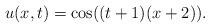
LaTeX: \begin{align*}u(x, t) =\cos((t+1)(x+2)). \end{align*}